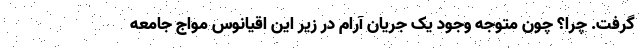
گرفت. چرا؟ چون متوجه وجود یک جریان آرام در زیر این اقیانوس مواج جامعه